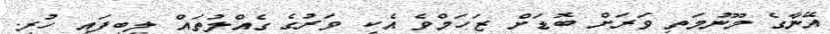
އޭނާގެ މޫނުމަތި ވަރަށް ބޮޑަށް ޒަހަމްވެ އެކި ވަރުގެ ގެއްލުތައް ލިބިފައި ހުރި.